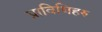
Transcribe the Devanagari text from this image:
प्राविधिहरु